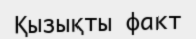
Қызықты факт